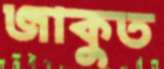
জাকুত